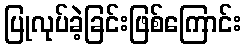
ပြုလုပ်ခဲ့ခြင်းဖြစ်ကြောင်း